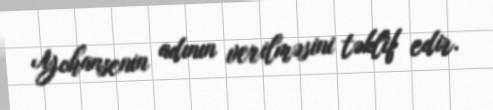
Yohansenin adının verilməsini təklif edir.